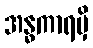
အန္ဓကာရမှိ